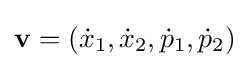
\mathbf {v} =({\dot {x}}_{1},{\dot {x}}_{2},{\dot {p}}_{1},{\dot {p}}_{2})